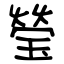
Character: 瑩